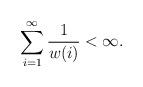
LaTeX: \begin{align*} \sum_{i =1 }^\infty \frac{1}{w(i)}<\infty.\end{align*}